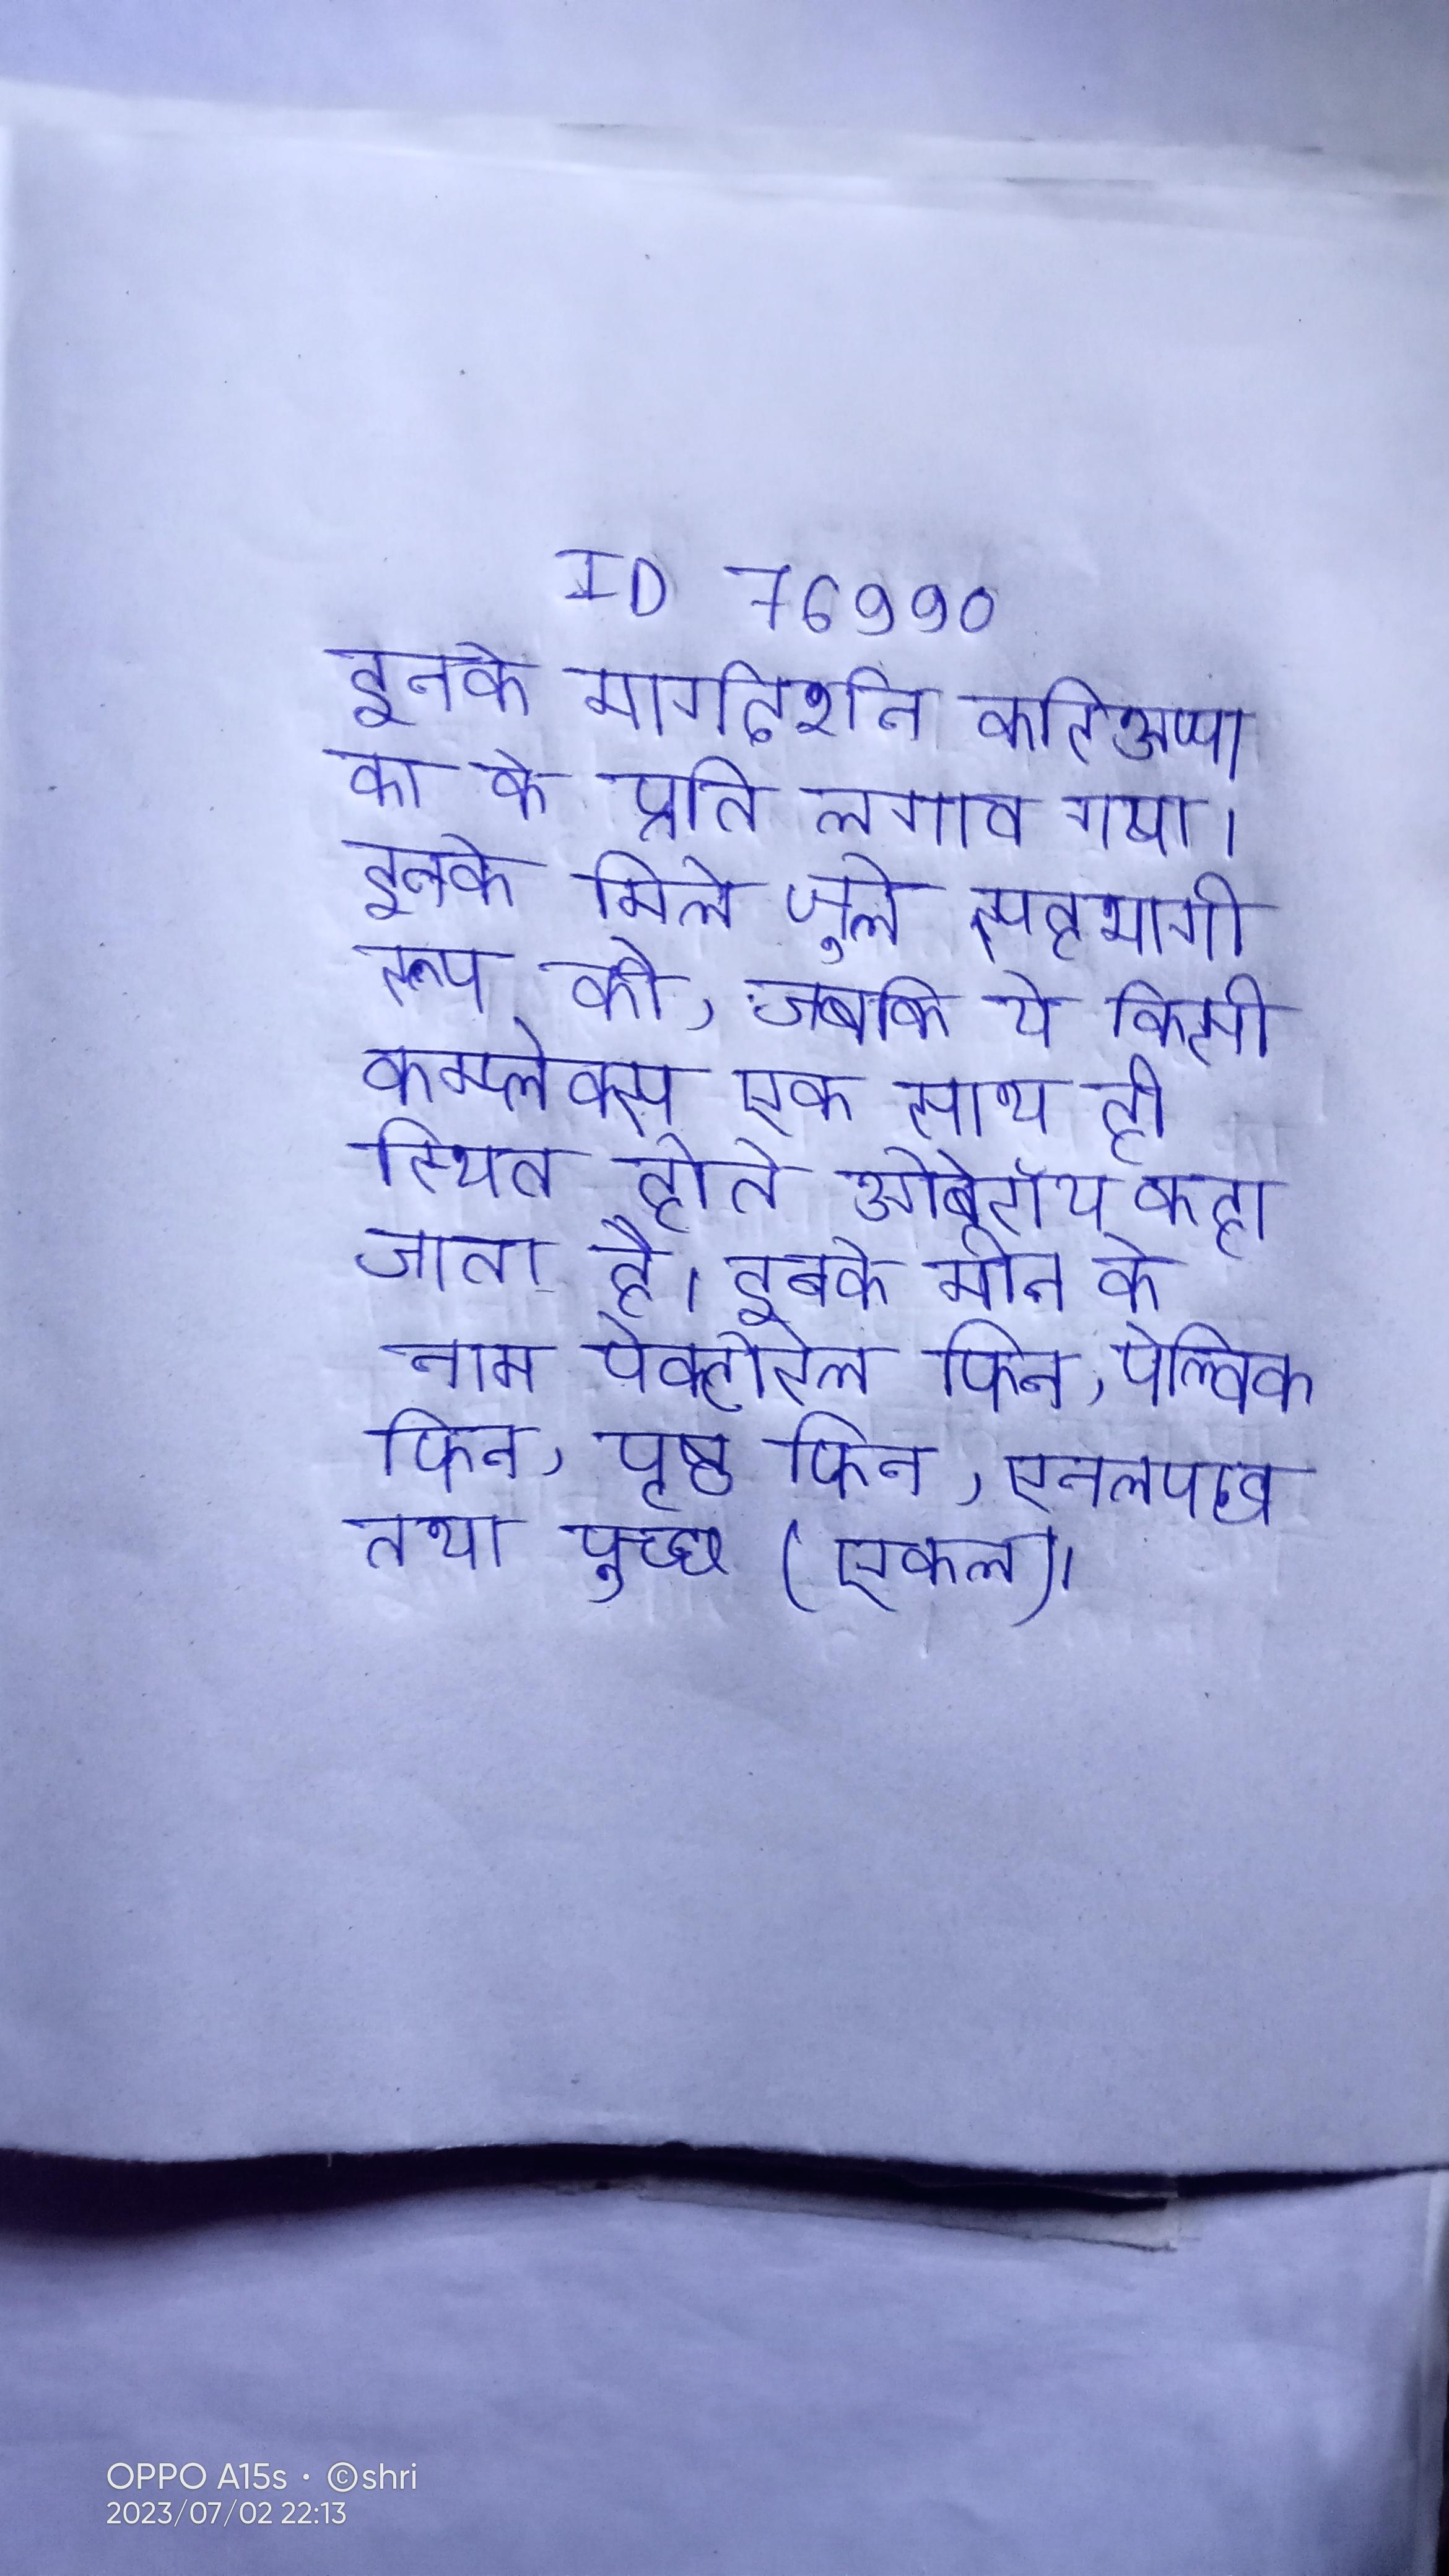
इनके मार्गदर्शन करिअप्पा का के प्रति लगाव गया । इनके मिले जुले सहभागी रूप को, जबकि ये किसी काम्प्लेक्स एक साथ ही स्थित होते ओबेरॉय कहा जाता है । इनके मीन के नाम पेक्टोरेल फिन, पेल्विक फिन, पृष्ठ फिन, एनलपख तथा पुच्छ (एकल) ।